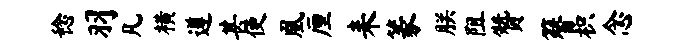
稔羽凡横遵甚便凰厘耒篆朕阻赞簪枳念